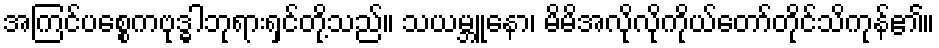
အကြင်ပစ္စေကဗုဒ္ဓါဘုရားရှင်တို့သည်။ သယမ္ဘူနော၊ မိမိအလိုလိုကိုယ်တော်တိုင်သိကုန်၏။